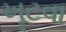
ખૂટવા